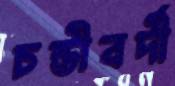
চন্ডীবর্দী